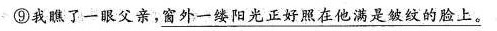
⑨我眼了一段父亲，\underline{窗外一阳光正好照在他满是皱纹的脸上}。